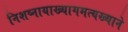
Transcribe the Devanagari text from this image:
निशष्नायाख्यागमत्यख्याने